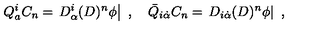
Q _ { a } ^ { i } C _ { n } = \left. D _ { \alpha } ^ { i } ( D ) ^ { n } { \phi } \right| \ , \quad { \bar { Q } } _ { i { \dot { \alpha } } } C _ { n } = \left. D _ { i { \dot { \alpha } } } ( D ) ^ { n } { \phi } \right| \ ,